Vaccination report Assam 1874-1896 - 1874-1896
Year: 1874
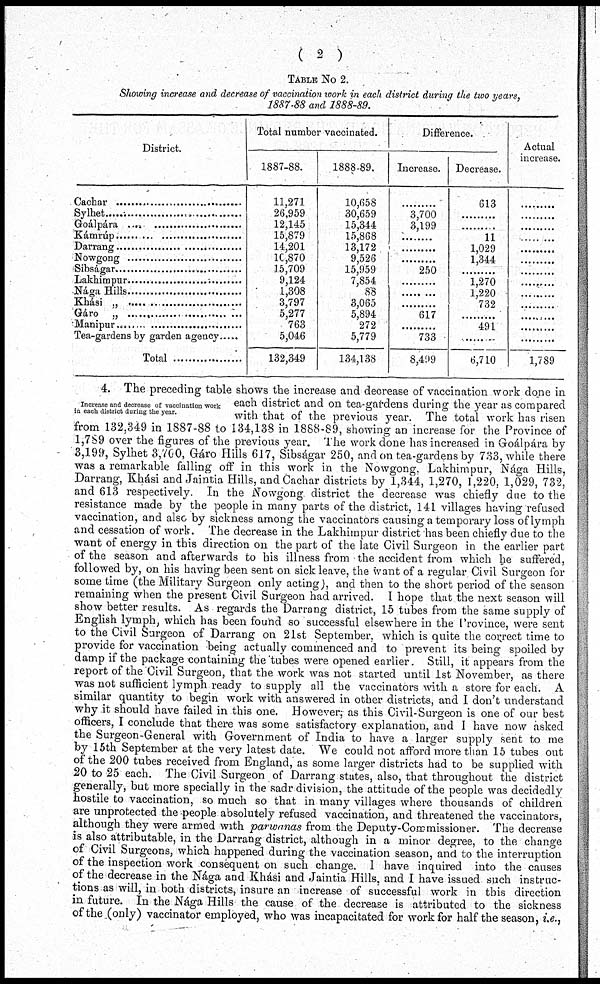
( 2 )
TABLE No 2.
Showing increase and decrease of vaccination work in each district during the two years,
1887-88 and 1888-89.
District.
Cachar ...............................
Sylhet ..................................
Goálpára ...............................
Kámrúp ...............................
Darrang ...............................
Nowgong ............................
Sibságar ..................................
Lakhimpur ...............................
Nága Hills ...............................
Kási „ ...............................
Gáro „ ...............................
Manipur ..................................
Tea-gardens by garden agency .....
Total ..................
Total number vaccinated.
1887-88.
11,271
26,959
12,145
15,879
14,201
10,870
15,709
9,124
1,308
3,797
5,277
763
5,046
132,349
1888-89.
10,658
30,659
15,344
15,868
13,172
9,526
15,959
7,854
88
3,065
5,894
272
5,779
134,138
Difference.
Increase.
.........
3,700
3,199
.........
.........
.........
250
.........
.........
.........
617
.........
733
8,499
Decrease.
613
.........
.........
11
1,029
1,344
.........
1,270
1,220
732
.........
491
.........
6,710
Actual
increase.
.........
.........
.........
.........
.........
.........
.........
.........
.........
.........
.........
.........
.........
1,789
Increase and decrease of vaccination work
in each district during the year.
4. The preceding table shows the increase and decrease of vaccination work done in
each district and on tea-gardens during the year as compared
with that of the previous year. The total work has risen
from 132,349 in 1887-88 to 134,138 in 1888-89, showing an increase for the Province of
1,789 over the figures of the previous year. The work done has increased in Goálpára by
3,199, Sylhet 3,700, Gáro Hills 617, Sibságar 250, and on tea-gardens by 733, while there
was a remarkable falling off in this work in the Nowgong. Lakhimpur, Nága Hills,
Darrang, Khási and Jaintia Hills, and Cachar districts by 1,344, 1,270, 1,220, 1,029, 732,
and 613 respectively. In the Nowgong district the decrease was chiefly due to the
resistance made by the people in many parts of the district, 141 villages having refused
vaccination, and also by sickness among the vaccinators causing a temporary loss of lymph
and cessation of work. The decrease in the Lakhimpur district has been chiefly due to the
want of energy in this direction on the part of the late Civil Surgeon in the earlier part
of the season and afterwards to his illness from the accident from which he suffered,
followed by, on his having been sent on sick leave, the want of a regular Civil Surgeon for
some time (the Military Surgeon only acting), and then to the short period of the season
remaining when the present Civil Surgeon had arrived. I hope that the next season will
show better results. As regards the Darrang district, 15 tubes from the same supply of
English lymph, which has been found so successful elsewhere in the Province, were sent
to the Civil Surgeon of Darrang on 21st September, which is quite the correct time to
provide for vaccination being actually commenced and to prevent its being spoiled by
damp if the package containing the tubes were opened earlier. Still, it appears from the
report of the Civil Surgeon, that the work was not started until 1st November, as there
was not sufficient lymph ready to supply all the vaccinators with a store for each. A
similar quantity to begin work with answered in other districts, and I don't understand
why it should have failed in this one. However, as this Civil-Surgeon is one of our best
officers, I conclude that there was some satisfactory explanation, and I have now asked
the Surgeon-General with Government of India to have a larger supply sent to me
by 15th September at the very latest date. We could not afford more than 15 tubes out
of the 200 tubes received from England, as some larger districts had to be supplied with
20 to 25 each. The Civil Surgeon of Darrang states, also, that throughout the district
generally, but more specially in the sadr division, the attitude of the people was decidedly
hostile to vaccination, so much so that in many villages where thousands of children
are unprotected the -people absolutely refused vaccination, and threatened the vaccinators,
although they were armed with parwanas from the Deputy-Commissioner. The decrease
is also attributable, in the Darrang district, although in a minor degree, to the change
of Civil Surgeons, which happened during the vaccination season, and to the interruption
of the inspection work consequent on such change. I have inquired into the causes
of the decrease in the Nága and Khási and Jaintia Hills, and I have issued such instruc-
tions as will, in both districts, insure an increase of successful work in this direction
in future. In the Nága Hills the cause of the decrease is attributed to the sickness
of the (only) vaccinator employed, who was incapacitated for work for half the season, i.e.,